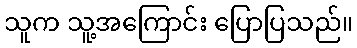
သူက သူ့အကြောင်း ပြောပြသည်။